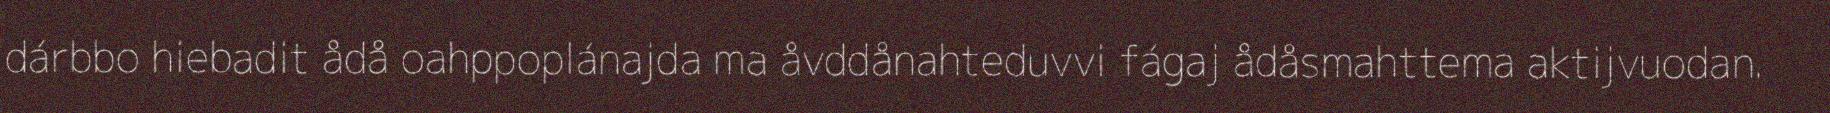
dárbbo hiebadit ådå oahppoplánajda ma åvddånahteduvvi fágaj ådåsmahttema aktijvuodan.